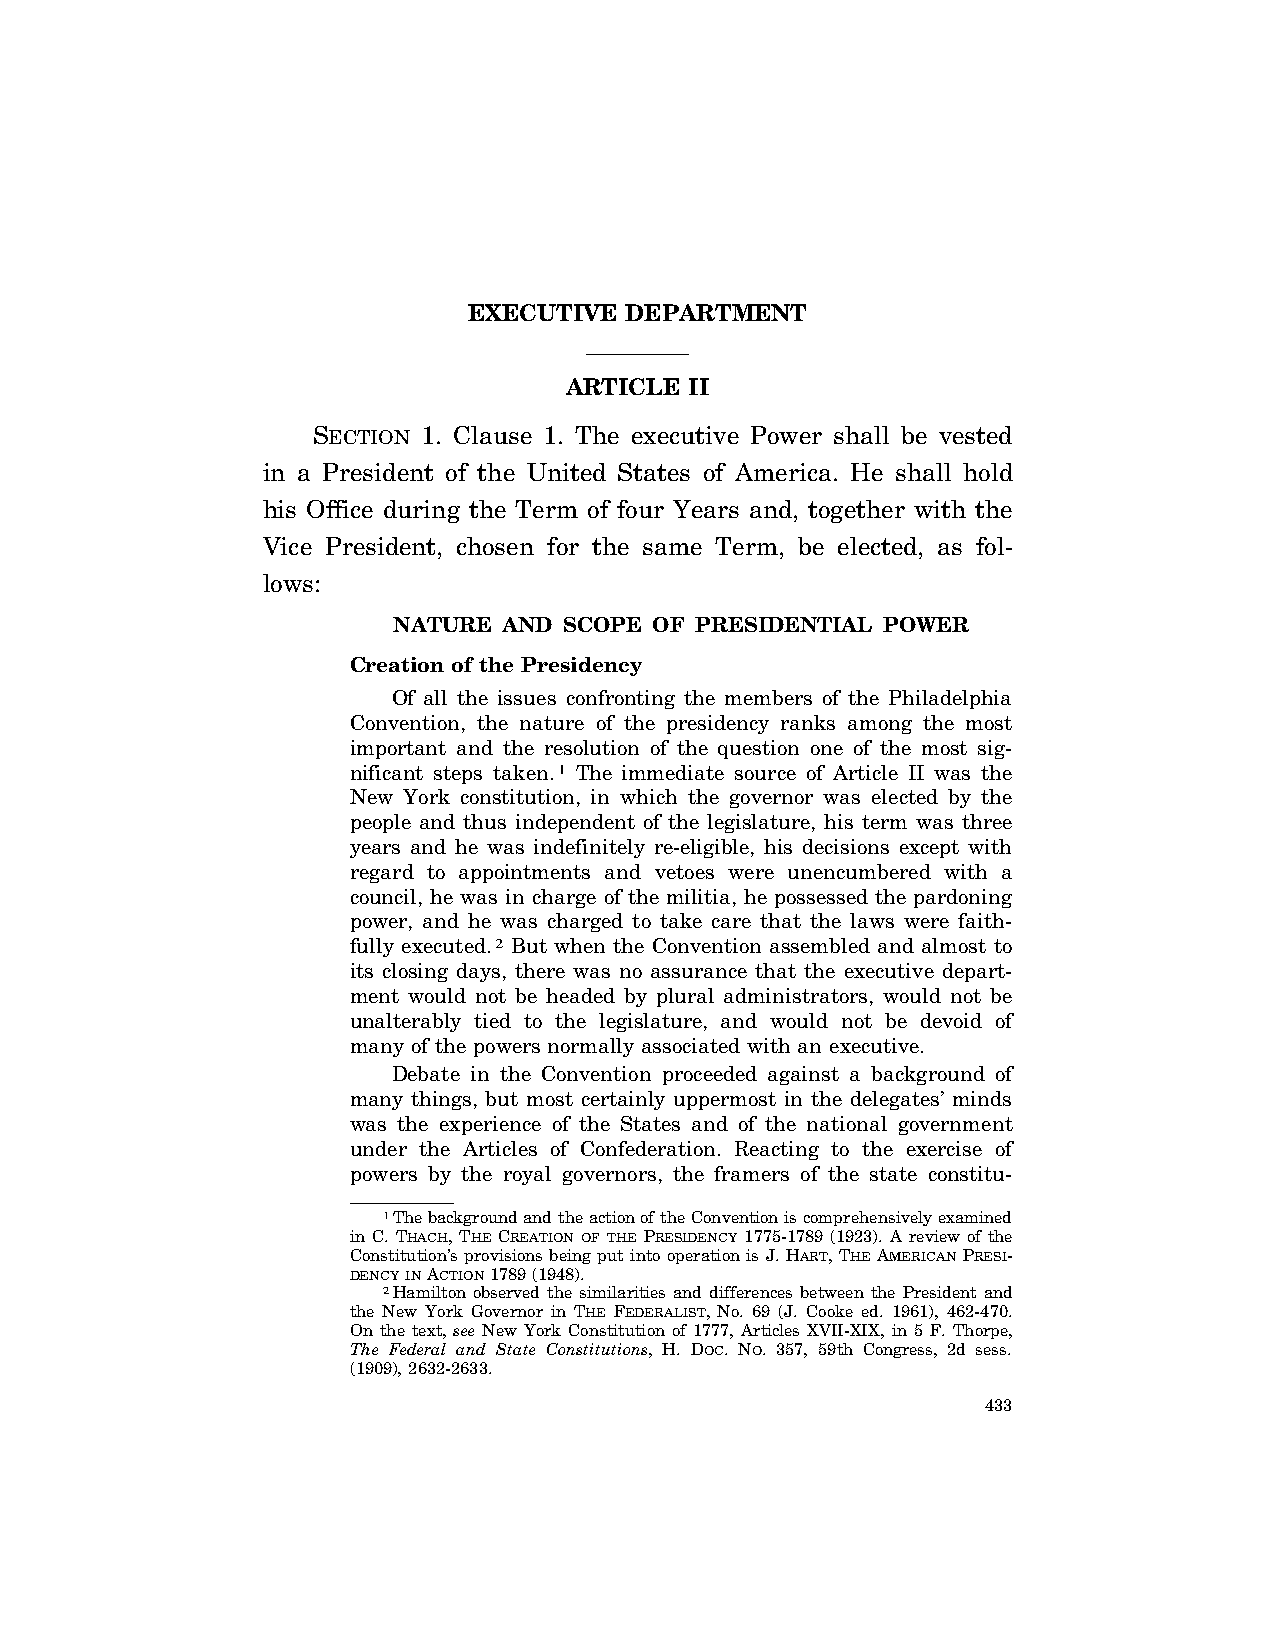
EXECUTIVE DEPARTMENT
 ARTICLE  II
 SECTION 1. Clause 1. The executive Power shall be vested
 in a President of the United States of America. He shall hold
 his Office during the Term of four Years and, together with the
 Vice President, chosen for the same Term, be elected, as fol-
 lows:
 NATURE AND SCOPE OF PRESIDENTIAL POWER
 Creation of the Presidency
 Of all the issues confronting the members of the Philadelphia
 Convention, the nature of the presidency ranks among the most
 important and the resolution of the question one of the most sig-
 nificant steps taken.1 The immediate source of Article II was the
 New York constitution, in which the governor was elected by the
 people and thus independent of the legislature, his term was three
 years and he was indefinitely re-eligible, his decisions except with
 regard to appointments and vetoes were unencumbered with a
 council, he was in charge of the militia, he possessed the pardoning
 power, and he was charged to take care that the laws were faith-
 fully executed.2 But when the Convention assembled and almost to
 its closing days, there was no assurance that the executive depart-
 ment would not be headed by plural administrators, would not be
 unalterably tied to the legislature, and would not be devoid of
 many of the powers normally associated with an executive.
 Debate in the Convention proceeded against a background of
 many things, but most certainly uppermost in the delegates’ minds
 was the experience of the States and of the national government
 under the Articles of Confederation. Reacting to the exercise of
 powers by the royal governors, the framers of the state constitu-
 1The background and the action of the Convention is comprehensively examined
 in C. THACH, THE CREATION OF THE PRESIDENCY 1775-1789 (1923). A review of the
 Constitution’s provisions being put into operation is J. HART, THE AMERICAN PRESI-
 DENCYINACTION1789 (1948).
 2Hamilton observed the similarities and differences between the President and
 the New York Governor in THE FEDERALIST, No. 69 (J. Cooke ed. 1961), 462-470.
 On the text, see New York Constitution of 1777, Articles XVII-XIX, in 5 F. Thorpe,
 The Federal and State Constitutions, H. DOC. NO. 357, 59th Congress, 2d sess.
 (1909), 2632-2633.
 433
 VerDate Aug<04>2004 13:21 Oct 06, 2004 Jkt 077500 PO 00000 Frm 00001 Fmt 8222 Sfmt 8222 C:\CONAN\CON011.SGM PRFM99 PsN: CON011